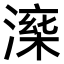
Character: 𣼅